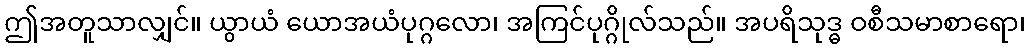
ဤအတူသာလျှင်။ ယွာယံ ယောအယံပုဂ္ဂလော၊ အကြင်ပုဂ္ဂိုလ်သည်။ အပရိသုဒ္ဓ ဝစီသမာစာရော၊